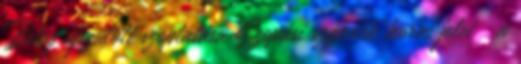
Beteg újszülött szoptatása Szopási szándék korai jelei a